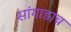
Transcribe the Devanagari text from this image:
सांगाडाच